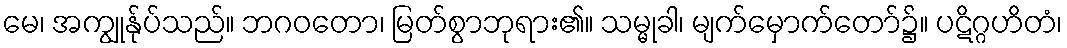
မေ၊ အကျွုန်ုပ်သည်။ ဘဂဝတော၊ မြတ်စွာဘုရား၏။ သမ္မုခါ၊ မျက်မှောက်တော်၌။ ပဋိဂ္ဂဟိတံ၊